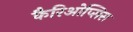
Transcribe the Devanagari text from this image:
कैरिओप्सिस